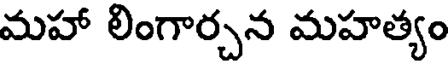
మహా లింగార్చన మహత్యం